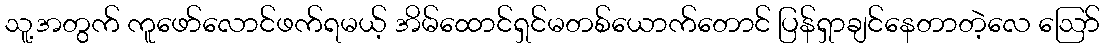
သူ့အတွက် ကူဖော်လောင်ဖက်ရမယ့် အိမ်ထောင်ရှင်မတစ်ယောက်တောင် ပြန်ရှာချင်နေတာတဲ့လေ ဪ